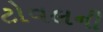
ટોવલની